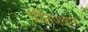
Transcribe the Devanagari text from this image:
प्रतिपक्षाने